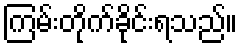
ကြမ်းတိုက်ခိုင်းရသည်။